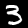
Label: 3